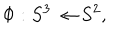
\Phi : S ^ { 3 } \rightarrow S ^ { 2 } ,